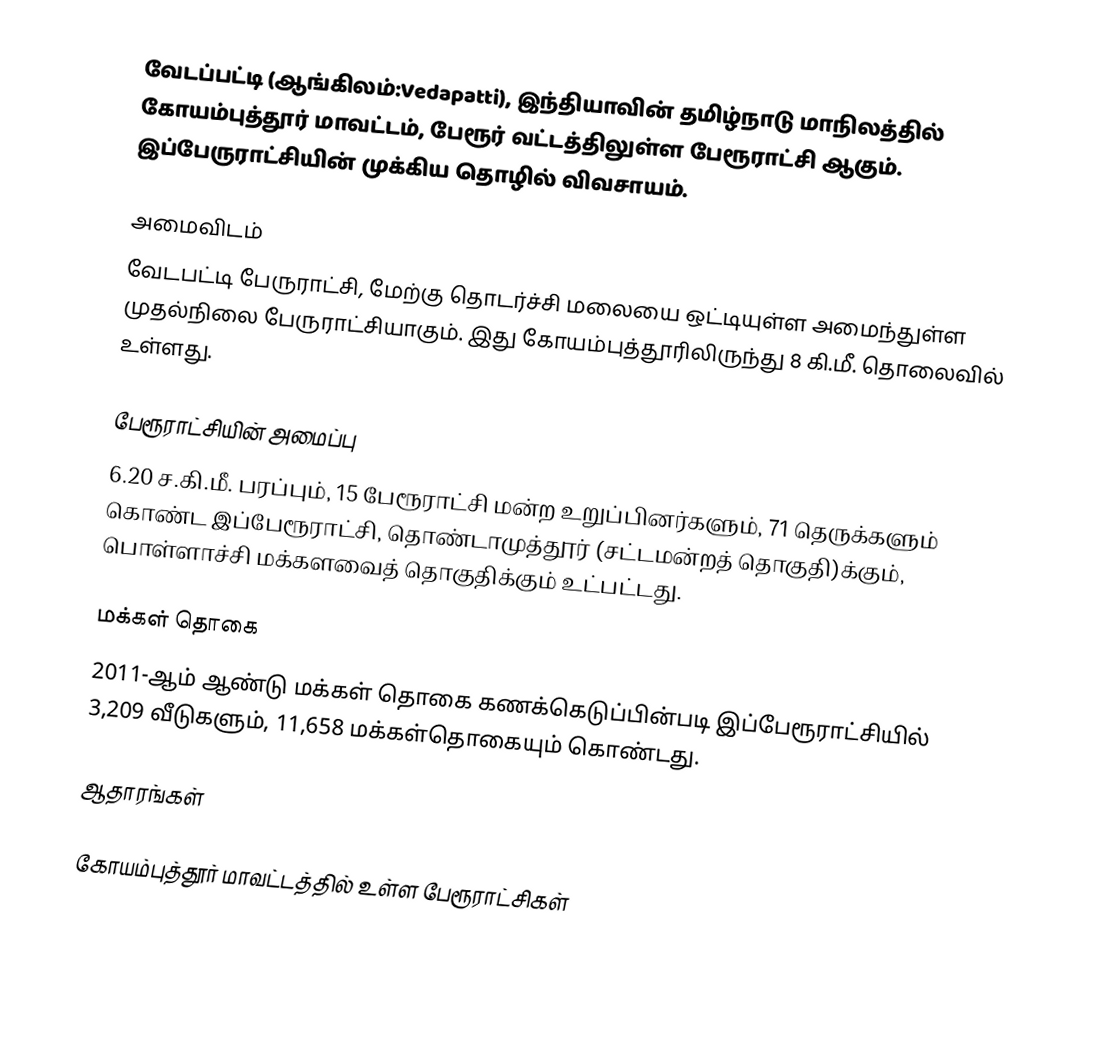
வேடப்பட்டி (ஆங்கிலம்:Vedapatti), இந்தியாவின் தமிழ்நாடு மாநிலத்தில் கோயம்புத்தூர் மாவட்டம், பேரூர் வட்டத்திலுள்ள பேரூராட்சி ஆகும். இப்பேருராட்சியின் முக்கிய தொழில் விவசாயம்.

அமைவிடம்
வேடபட்டி பேருராட்சி, மேற்கு தொடர்ச்சி மலையை ஒட்டியுள்ள அமைந்துள்ள முதல்நிலை பேருராட்சியாகும். இது கோயம்புத்தூரிலிருந்து 8 கி.மீ. தொலைவில் உள்ளது.

பேரூராட்சியின் அமைப்பு
6.20 ச.கி.மீ. பரப்பும், 15 பேரூராட்சி மன்ற உறுப்பினர்களும், 71 தெருக்களும் கொண்ட இப்பேரூராட்சி, தொண்டாமுத்தூர் (சட்டமன்றத் தொகுதி)க்கும், பொள்ளாச்சி மக்களவைத் தொகுதிக்கும் உட்பட்டது.

மக்கள் தொகை
2011-ஆம் ஆண்டு மக்கள் தொகை கணக்கெடுப்பின்படி இப்பேரூராட்சியில் 3,209 வீடுகளும், 11,658 மக்கள்தொகையும் கொண்டது.

ஆதாரங்கள்

கோயம்புத்தூர் மாவட்டத்தில் உள்ள பேரூராட்சிகள்